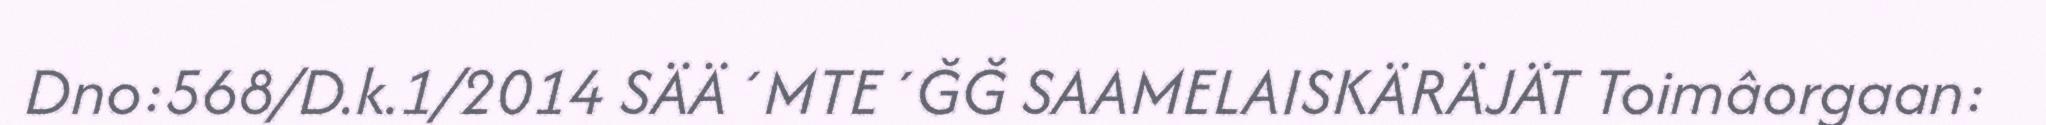
Dno:568/D.k.1/2014 SÄÄ´MTE´ĞĞ SAAMELAISKÄRÄJÄT Toimâorgaan: